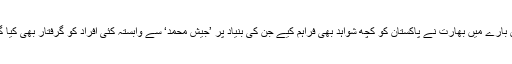
اس بارے میں بھارت نے پاکستان کو کچھ شواہد بھی فراہم کیے جن کی بنیاد پر ’جیش محمد‘ سے وابستہ کئی افراد کو گرفتار بھی کیا گیا۔